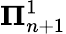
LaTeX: \mathbf{\Pi}_{n+1}^{1}